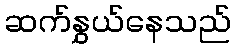
ဆက်နွှယ်နေသည်